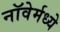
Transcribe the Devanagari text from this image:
नॉवेर्मध्ये